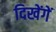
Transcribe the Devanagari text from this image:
दिखेंगें